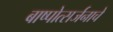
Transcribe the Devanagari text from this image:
बाष्पोत्सर्जनाचे